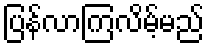
ပြန်လာကြလိမ့်မည်